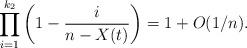
LaTeX: \begin{align*} \prod_{i=1}^{k_2}\left(1 - \frac{i}{n-X(t)}\right) = 1 + O(1/n).\end{align*}